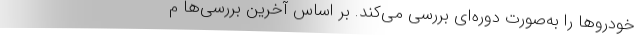
خودروها را به‌صورت دوره‌ای بررسی می‌کند. بر اساس آخرین بررسی‌ها م